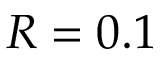
R = 0 . 1